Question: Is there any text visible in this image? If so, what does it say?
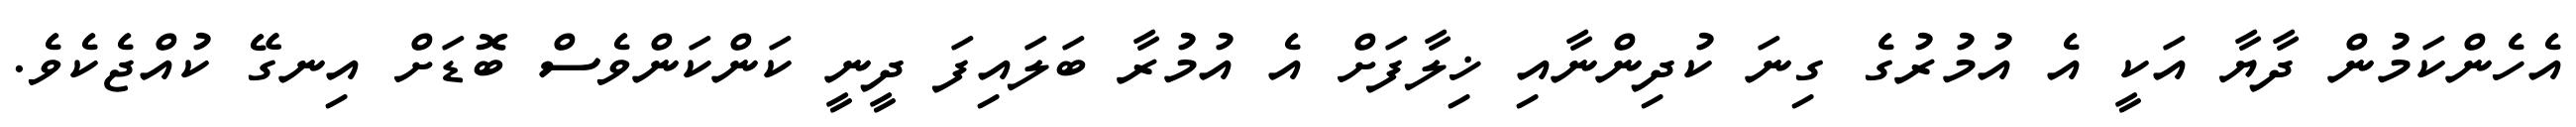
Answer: އެހެންކަމުން ދާޔާ އަކީ އެ އުމުރުގެ ގިނަ ކުދިންނާއި ޚިލާފަށް އެ އުމުރާ ބަލައިފަ ދީނީ ކަންކަންވެސް ބޮޑަށް އިނގޭ ކުއްޖެކެވެ.